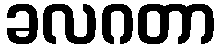
ခလဂတာ